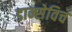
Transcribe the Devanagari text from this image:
डान्सेविच